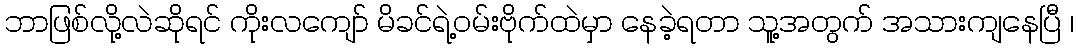
ဘာဖြစ်လို့လဲဆိုရင် ကိုးလကျော် မိခင်ရဲ့ဝမ်းဗိုက်ထဲမှာ နေခဲ့ရတာ သူ့အတွက် အသားကျနေပြီ ၊